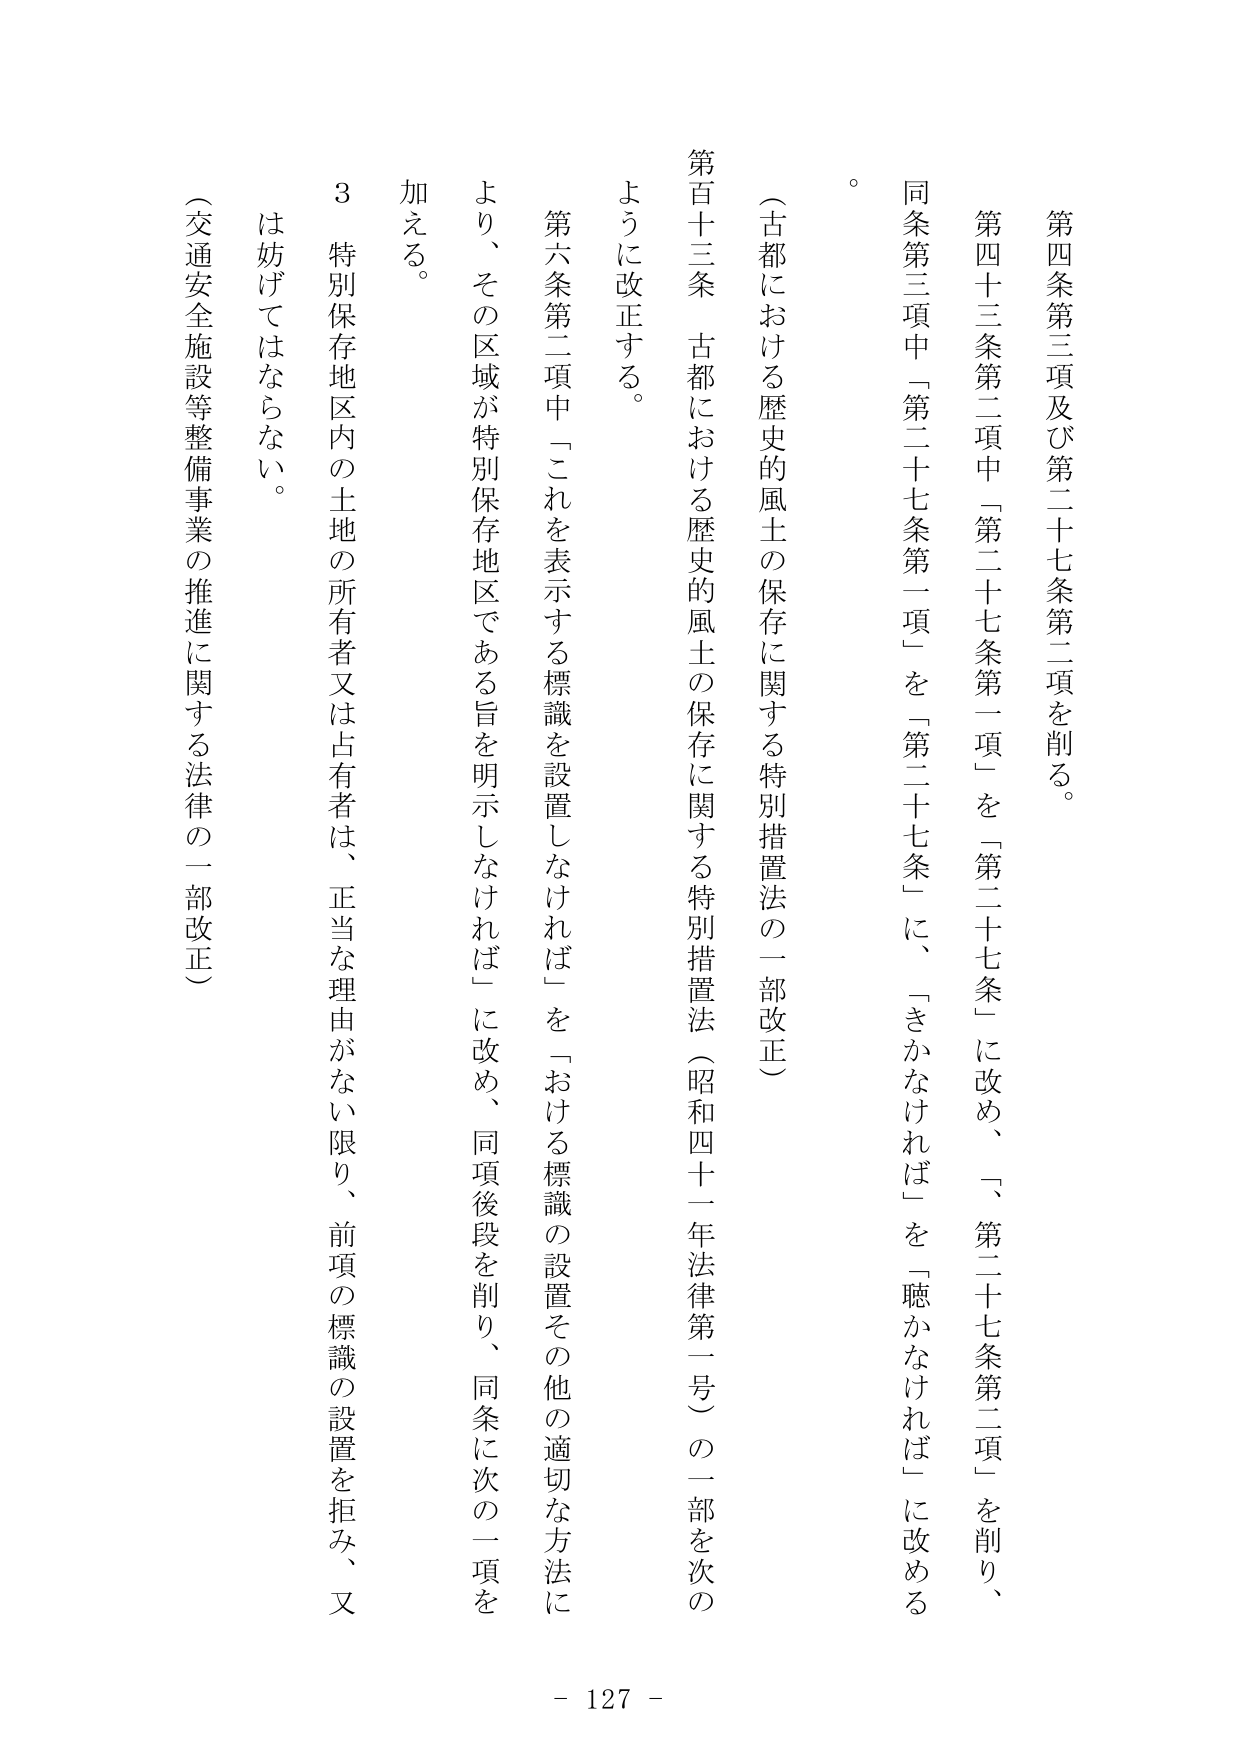
第四条第三項及び第二十七条第二項を削る。

第四十三条第二項中「第二十七条第一項」を「第二十七条」に改め、「、第二十七条第二項」を削り、同条第三項中「第二十七条第一項」を「第二十七条」に、「きかなければ」を「聴かなければ」に改める。

（古都における歴史的風土の保存に関する特別措置法の一部改正）

第百十三条　古都における歴史的風土の保存に関する特別措置法（昭和四十一年法律第一号）の一部を次のとおりに改正する。

第六条第二項中「これを表示する標識を設置しなければ」を「おける標識の設置その他の適切な方法により、その区域が特別保存地区である旨を明示しなければ」に改め、同項後段を削り、同条に次の一項を加える。

３　特別保存地区内の土地の所有者又は占有者は、正当な理由がない限り、前項の標識の設置を拒み、又は妨げてはならない。

（交通安全施設等整備事業の推進に関する法律の一部改正）

- 127 -